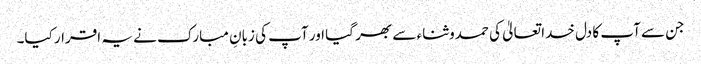
جن سے آپ کا دل خدا تعالیٰ کی حمدوثناء سے بھر گیا اور آپ کی زبانِ مبارک نے یہ اقرار کیا۔